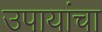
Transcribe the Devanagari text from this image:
उपायांचा